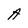
Character: A